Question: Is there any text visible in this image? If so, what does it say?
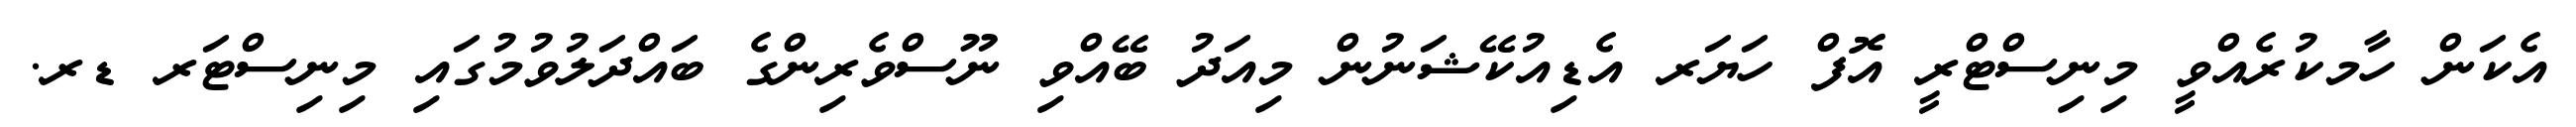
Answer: އެކަން ހާމކުރެއްވީ މިނިސްޓްރީ އޮފް ހަޔަރ އެޑިއުކޭޝަނުން މިއަދު ބޭއްވި ނޫސްވެރިންގެ ބައްދަލުވުމުގައި މިނިސްޓަރ ޑރ.